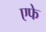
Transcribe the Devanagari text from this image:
एफे